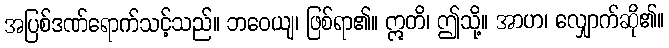
အပြစ်ဒဏ်ရောက်သင့်သည်။ ဘဝေယျ၊ ဖြစ်ရာ၏။ ဣတိ၊ ဤသို့။ အာဟ၊ လျှောက်ဆို၏။